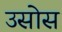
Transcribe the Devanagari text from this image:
उसोस